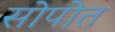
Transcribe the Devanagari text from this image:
सोपोत